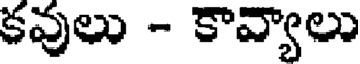
కవులు - కావ్యాలు